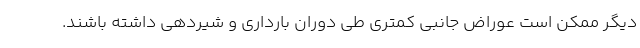
دیگر ممکن است عوراض جانبی کمتری طی دوران بارداری و شیردهی داشته باشند.